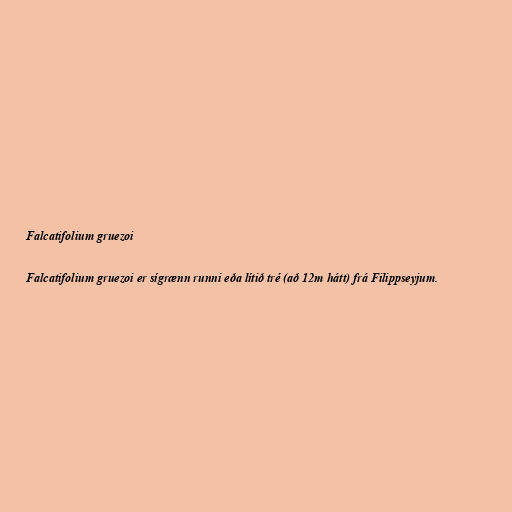
Falcatifolium gruezoi

Falcatifolium gruezoi er sígrænn runni eða lítið tré (að 12m hátt) frá Filippseyjum.